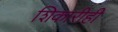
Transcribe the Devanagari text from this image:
शिकारीही